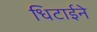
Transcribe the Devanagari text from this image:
धिटाईने